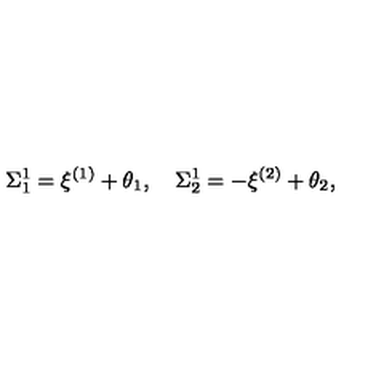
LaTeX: \Sigma _ { 1 } ^ { 1 } = \xi ^ { ( 1 ) } + \theta _ { 1 } , \quad \Sigma _ { 2 } ^ { 1 } = - \xi ^ { ( 2 ) } + \theta _ { 2 } ,